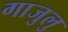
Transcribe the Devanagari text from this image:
गाजुलु